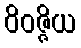
ဝိဝဇ္ဇိယ